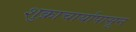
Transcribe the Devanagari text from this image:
शुक्राचार्यापासून